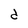
Character: d